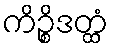
ကိဉ္စိဒတ္ထံ